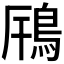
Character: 𩿫